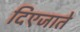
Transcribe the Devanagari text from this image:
दिएजाते